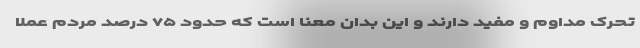
تحرک مداوم و مفید دارند و این بدان معنا است که حدود ۷۵ درصد مردم عملا